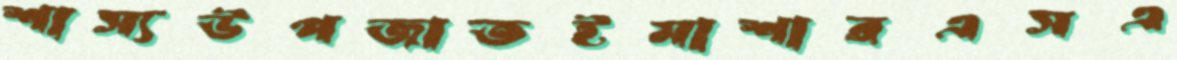
শাস্যউপজাতইমাশারএসএ